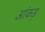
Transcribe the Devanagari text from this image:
आंकड़